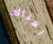
لهناك